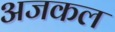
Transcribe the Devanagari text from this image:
अजकल